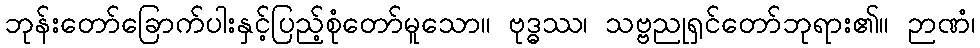
ဘုန်းတော်ခြောက်ပါးနှင့်ပြည့်စုံတော်မူသော။ ဗုဒ္ဓဿ၊ သဗ္ဗညုရှင်တော်ဘုရား၏။ ဉာဏံ၊